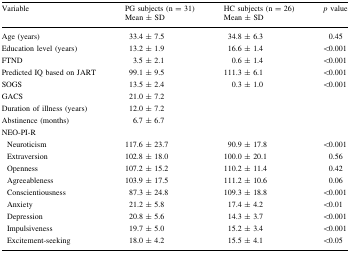
<table><thead><tr><td><b>Variable</b></td><td><b>PG subjects (n = 31)Mean ± SD</b></td><td><b>HC subjects (n = 26)Mean ± SD</b></td><td><b><i>p</i> value</b></td></tr></thead><tbody><tr><td>Age (years)</td><td>33.4 ± 7.5</td><td>34.8 ± 6.3</td><td>0.45</td></tr><tr><td>Education level (years)</td><td>13.2 ± 1.9</td><td>16.6 ± 1.4</td><td>&lt;0.001</td></tr><tr><td>FTND</td><td>3.5 ± 2.1</td><td>0.6 ± 1.4</td><td>&lt;0.001</td></tr><tr><td>Predicted IQ based on JART</td><td>99.1 ± 9.5</td><td>111.3 ± 6.1</td><td>&lt;0.001</td></tr><tr><td>SOGS</td><td>13.5 ± 2.4</td><td>0.3 ± 1.0</td><td>&lt;0.001</td></tr><tr><td>GACS</td><td>21.0 ± 7.2</td><td></td><td></td></tr><tr><td>Duration of illness (years)</td><td>12.0 ± 7.2</td><td></td><td></td></tr><tr><td>Abstinence (months)</td><td>6.7 ± 6.7</td><td></td><td></td></tr><tr><td>NEO-PI-R</td><td></td><td></td><td></td></tr><tr><td> Neuroticism</td><td>117.6 ± 23.7</td><td>90.9 ± 17.8</td><td>&lt;0.001</td></tr><tr><td> Extraversion</td><td>102.8 ± 18.0</td><td>100.0 ± 20.1</td><td>0.56</td></tr><tr><td> Openness</td><td>107.2 ± 15.2</td><td>110.2 ± 11.4</td><td>0.42</td></tr><tr><td> Agreeableness</td><td>103.9 ± 17.5</td><td>111.2 ± 10.6</td><td>0.06</td></tr><tr><td> Conscientiousness</td><td>87.3 ± 24.8</td><td>109.3 ± 18.8</td><td>&lt;0.001</td></tr><tr><td> Anxiety</td><td>21.2 ± 5.8</td><td>17.4 ± 4.2</td><td>&lt;0.01</td></tr><tr><td> Depression</td><td>20.8 ± 5.6</td><td>14.3 ± 3.7</td><td>&lt;0.001</td></tr><tr><td> Impulsiveness</td><td>19.7 ± 5.0</td><td>15.2 ± 3.4</td><td>&lt;0.001</td></tr><tr><td> Excitement-seeking</td><td>18.0 ± 4.2</td><td>15.5 ± 4.1</td><td>&lt;0.05</td></tr></tbody></table>